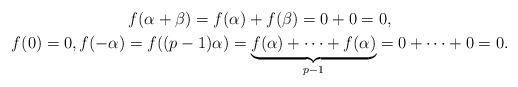
LaTeX: \begin{gather*}f(\alpha+\beta)=f(\alpha)+f(\beta)=0+0=0,\\f(0)=0,f(-\alpha)=f((p-1)\alpha)=\underbrace{f(\alpha)+\cdots +f(\alpha)}_{p-1}=0+\cdots+0=0.\end{gather*}